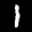
Label: 1